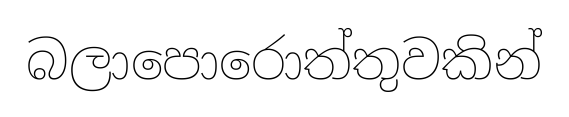
බලාපොරොත්තුවකින්